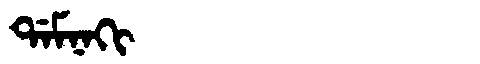
Manchu: ᡩᠠᠮᠨᠠᡴᡳ
Romanization: DAMNAKI